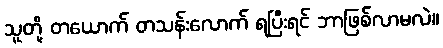
သူတို့ တယောက် တသန်းလောက် ရပြီးရင် ဘာဖြစ်လာမလဲ။